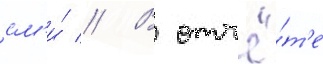
см'и́ // В отчё́т'е